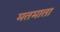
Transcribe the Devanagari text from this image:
मतमाता